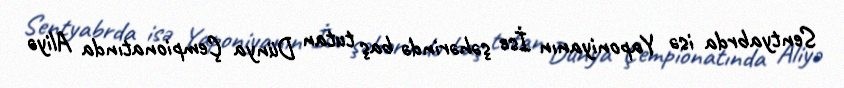
Sentyabrda isə Yaponiyanın İse şəhərində baş tutan Dünya Çempionatında Aliyə